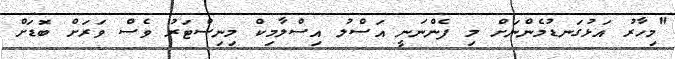
"މިހާރު އަޅުގަނޑުމެންނަށް މި ފެންނަނީ އަސްލު އިސްލާމިކް މިނިސްޓަރު ވެސް ވަރަށް ބޮޑަށް